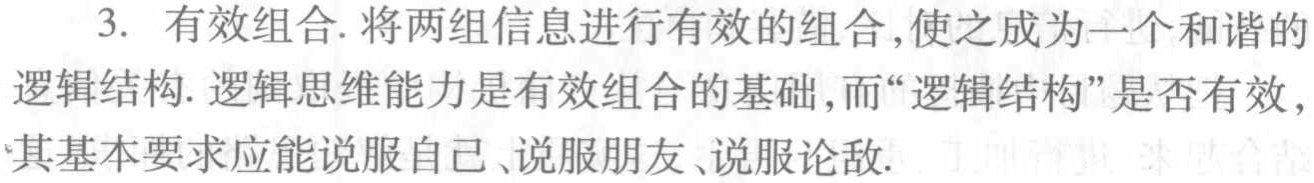
3. 有效组合. 将两组信息进行有效的组合,使之成为一个和谐的
逻辑结构. 逻辑思维能力是有效组合的基础,而“逻辑结构”是否有效,
其基本要求应能说服自己、说服朋友、说服论敌.